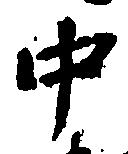
中